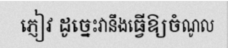
ភ្ញៀវ ដូច្នេះវានឹងធ្វើឱ្យចំណូល